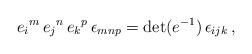
LaTeX: \begin{align*}e_{i}{}^{m}\, e_{j}{}^{n}\, e_{k}{}^{p}\, \epsilon_{mnp} = \det(e^{-1})\, \epsilon_{ijk}\, ,\end{align*}